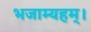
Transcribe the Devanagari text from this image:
भजाम्यहम्।